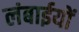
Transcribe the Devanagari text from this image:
लंबाईयों